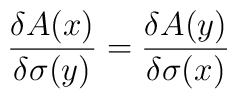
\frac{\delta A(x)}{\delta\sigma(y)} =\frac{\delta A(y)}{\delta\sigma(x)}